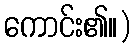
ကောင်း၏။)